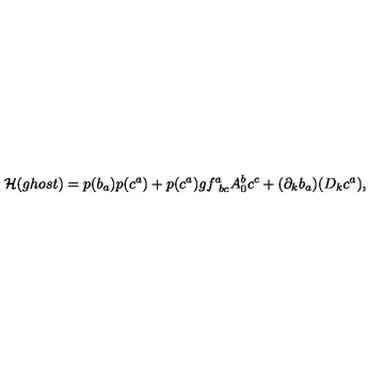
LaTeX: { \cal H } ( g h o s t ) = p ( b _ { a } ) p ( c ^ { a } ) + p ( c ^ { a } ) g f _ { \ b c } ^ { a } A _ { 0 } ^ { b } c ^ { c } + ( \partial _ { k } b _ { a } ) ( D _ { k } c ^ { a } ) ,